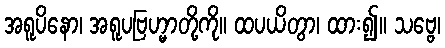
အရူပိနော၊ အရူပဗြဟ္မာတို့ကို။ ထပယိတွာ၊ ထား၍။ သဗ္ဗေ၊